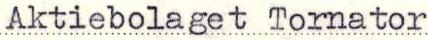
Aktiebolaget Tornator